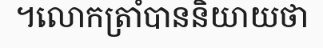
។លោកត្រាំបាននិយាយថា